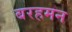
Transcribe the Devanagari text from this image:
बरहमन